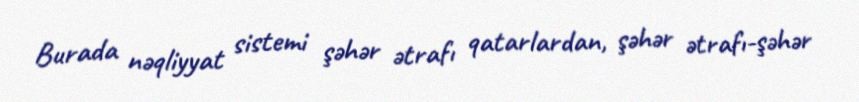
Burada nəqliyyat sistemi şəhər ətrafı qatarlardan, şəhər ətrafı-şəhər